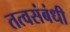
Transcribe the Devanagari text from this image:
तत्वसंबंधी